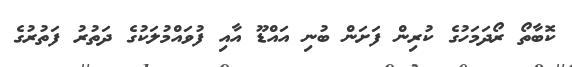
ކޮބާތޯ ރޯދަމަހުގެ ކުރިން ފަށަން ބުނި އައްޑޫ އާއި ފުވައްމުލަކުގެ ދަތުރު ފަތުރުގެ